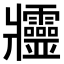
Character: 𤖥